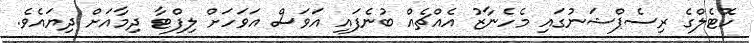
ހޮޓެލްގެ ރިސެޕްޝަނުގައި މެހެނާޒު އެއްޗެއް ބުނެފައި އަވަސް އަވަހަށް ލިފްޓާ ދިމާއަށް ދިޔައެވެ.